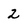
Character: 2